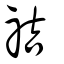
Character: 祮